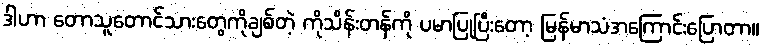
ဒါဟာ တောသူတောင်သားတွေကိုချစ်တဲ့ ကိုသိန်းတန်ကို ပမာပြုပြီးတော့ မြန်မာသံအကြောင်းပြောတာ။